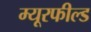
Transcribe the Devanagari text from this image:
म्यूरफील्ड